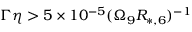
\Gamma \eta > 5 \times 1 0 ^ { - 5 } ( \Omega _ { 9 } R _ { * , 6 } ) ^ { - 1 }